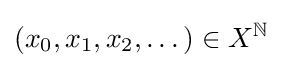
(x_{0},x_{1},x_{2},\dots )\in X^{\mathbb {N} }